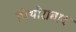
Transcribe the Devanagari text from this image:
पिथौराबाद